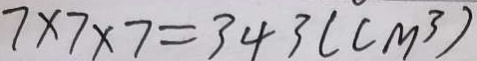
7 \times 7 \times 7 = 3 4 3 ( c m ^ { 3 } )